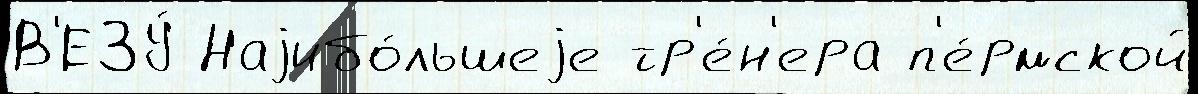
В'ЕЗУ́ Наjибо́льшеjе тр'е́н'ера п'е́рмской